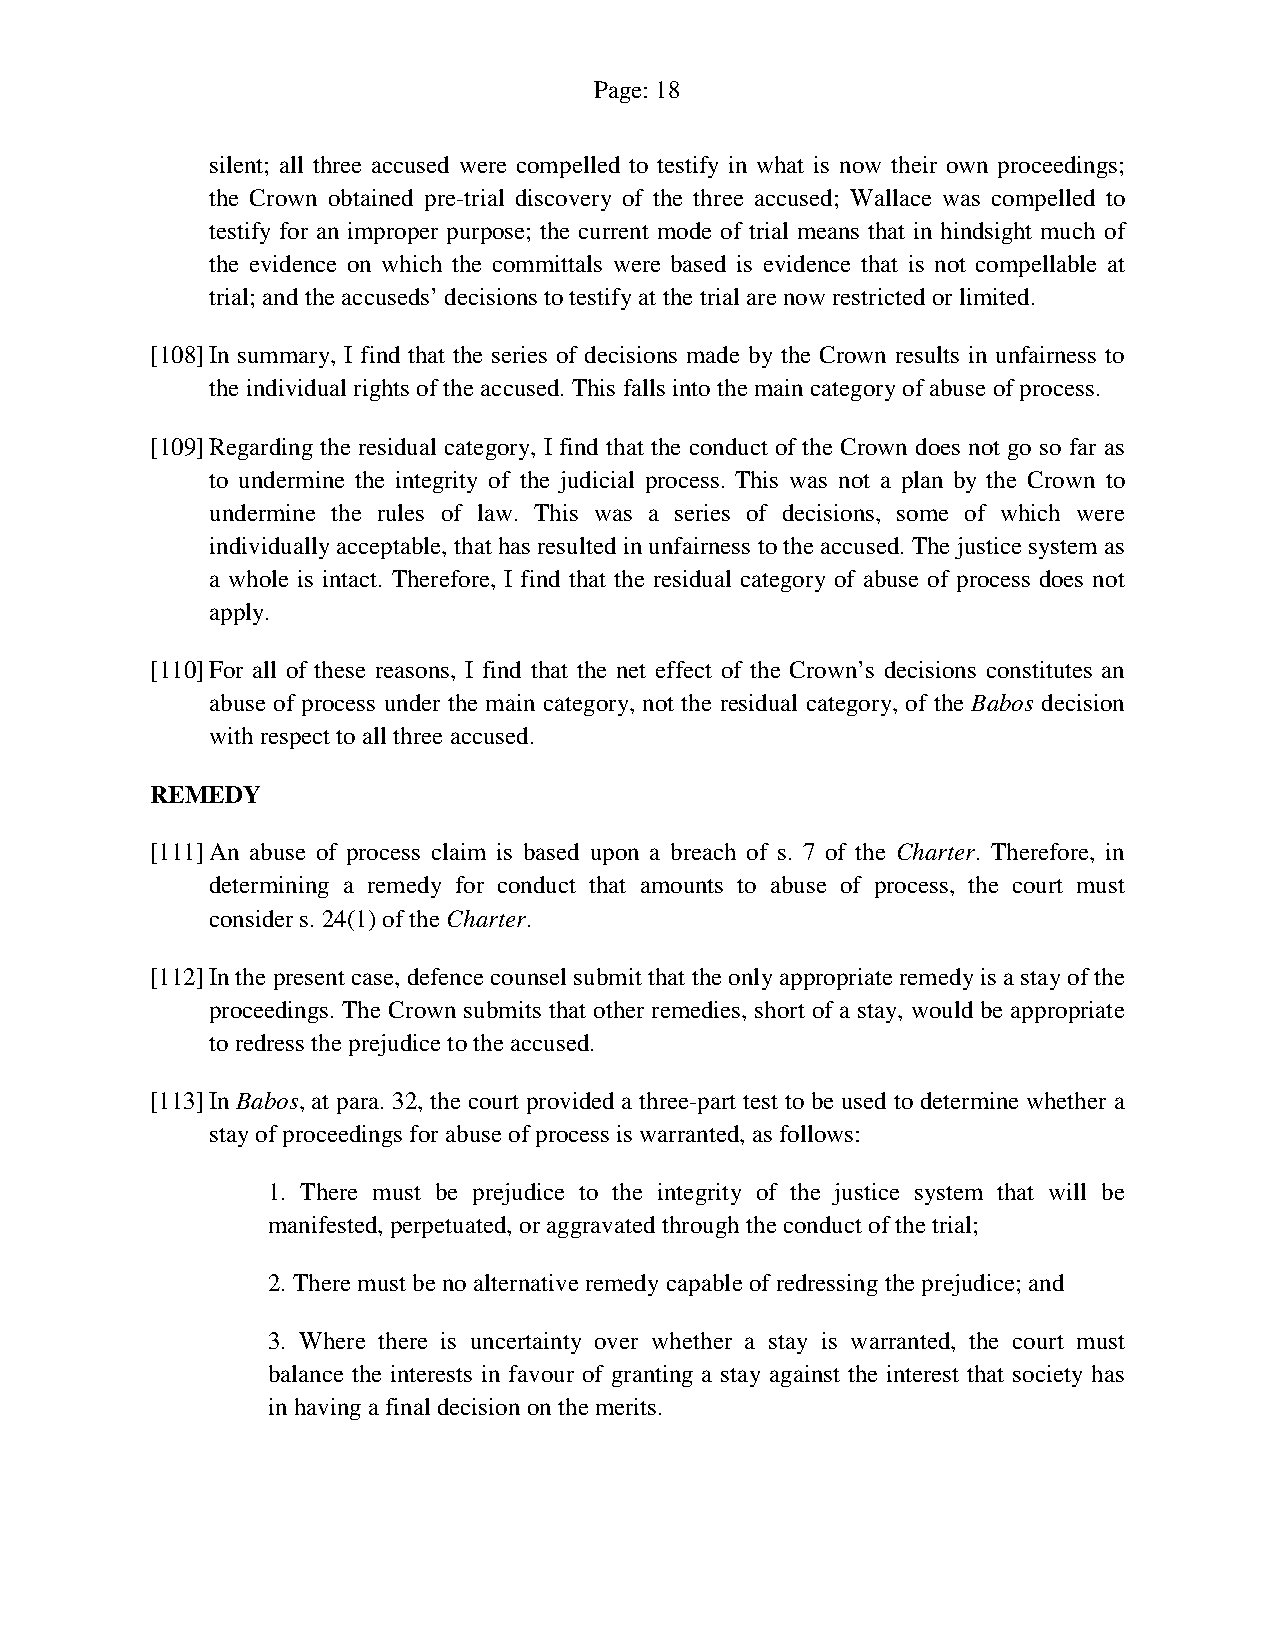
Page: 18
 silent; all three accused were compelled to testify in what is now their own proceedings;
 the Crown obtained pre-trial discovery of the three accused; Wallace was compelled to
 testify for an improper purpose; the current mode of trial means that in hindsight much of
 the evidence on which the committals were based is evidence that is not compellable at
 trial; and the accuseds’ decisions to testify at the trial are now restricted or limited.
 [108] In summary, I find that the series of decisions made by the Crown results in unfairness to
 the individual rights of the accused. This falls into the main category of abuse of process.
 [109] Regarding the residual category, I find that the conduct of the Crown does not go so far as
 to undermine the integrity of the judicial process. This was not a plan by the Crown to
 undermine the rules of law. This was a series of decisions, some of which were
 individually acceptable, that has resulted in unfairness to the accused. The justice system as
 a whole is intact. Therefore, I find that the residual category of abuse of process does not
 apply.
 [110] For all of these reasons, I find that the net effect of the Crown’s decisions constitutes an
 abuse of process under the main category, not the residual category, of the Babos decision
 with respect to all three accused.
 REMEDY
 [111] An abuse of process claim is based upon a breach of s. 7 of the Charter. Therefore, in
 determining a remedy for conduct that amounts to abuse of process, the court must
 consider s. 24(1) of the Charter.
 [112] In the present case, defence counsel submit that the only appropriate remedy is a stay of the
 proceedings. The Crown submits that other remedies, short of a stay, would be appropriate
 to redress the prejudice to the accused.
 [113] In Babos, at para. 32, the court provided a three-part test to be used to determine whether a
 stay of proceedings for abuse of process is warranted, as follows:
 1. There must be prejudice to the integrity of the justice system that will be
 manifested, perpetuated, or aggravated through the conduct of the trial;
 2. There must be no alternative remedy capable of redressing the prejudice; and
 3. Where there is uncertainty over whether a stay is warranted, the court must
 balance the interests in favour of granting a stay against the interest that society has
 in having a final decision on the merits.